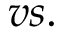
v s .